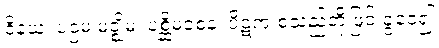
ဝိနယ၊ ပဌမ၊မဇ္ဈိမ၊ ပစ္ဆိမဝစန၊ ပိဋက စသည်တို့ဖြင့် ခွဲဝေ၍